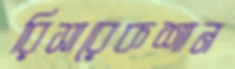
রিসারেকশান